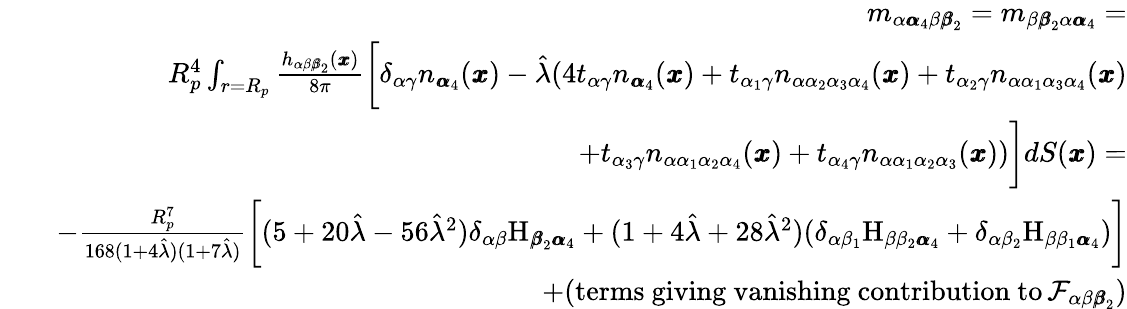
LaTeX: \begin{array}{rlr}&{}&{m_{\alpha{\pmb\alpha}_{4}\beta{\pmb\beta}_{2}}=m_{\beta{\pmb\beta}_{2}\alpha{\pmb\alpha}_{4}}=}\\ &{}&{R_{p}^{4}\int_{r=R_{p}}\frac{h_{\alpha\beta{\pmb\beta}_{2}}({\pmb x})}{8\pi}\bigg[\delta_{\alpha\gamma}n_{{\pmb\alpha}_{4}}({\pmb x})-\hat{\lambda}(4t_{\alpha\gamma}n_{{\pmb\alpha}_{4}}(\pmb x)+t_{\alpha_{1}\gamma}n_{\alpha\alpha_{2}\alpha_{3}\alpha_{4}}(\pmb x)+t_{\alpha_{2}\gamma}n_{\alpha\alpha_{1}\alpha_{3}\alpha_{4}}(\pmb x)}\\ &{}&{+t_{\alpha_{3}\gamma}n_{\alpha\alpha_{1}\alpha_{2}\alpha_{4}}(\pmb x)+t_{\alpha_{4}\gamma}n_{\alpha\alpha_{1}\alpha_{2}\alpha_{3}}(\pmb x))\bigg]dS({\pmb x})=}\\ &{}&{-\frac{R_{p}^{7}}{168(1+4\hat{\lambda})(1+7\hat{\lambda})}\bigg[(5+20\hat{\lambda}-56\hat{\lambda}^{2})\delta_{\alpha\beta}\mathrm{H}_{{\pmb\beta}_{2}{\pmb\alpha}_{4}}+(1+4\hat{\lambda}+28\hat{\lambda}^{2})(\delta_{\alpha\beta_{1}}\mathrm{H}_{\beta\beta_{2}{\pmb\alpha}_{4}}+\delta_{\alpha\beta_{2}}\mathrm{H}_{\beta\beta_{1}{\pmb\alpha}_{4}})\bigg]}\\ &{}&{+(\mathrm{terms~giving~vanishing~contribution~to}\, \mathcal{F}_{\alpha\beta{\pmb\beta}_{2}})}\end{array}